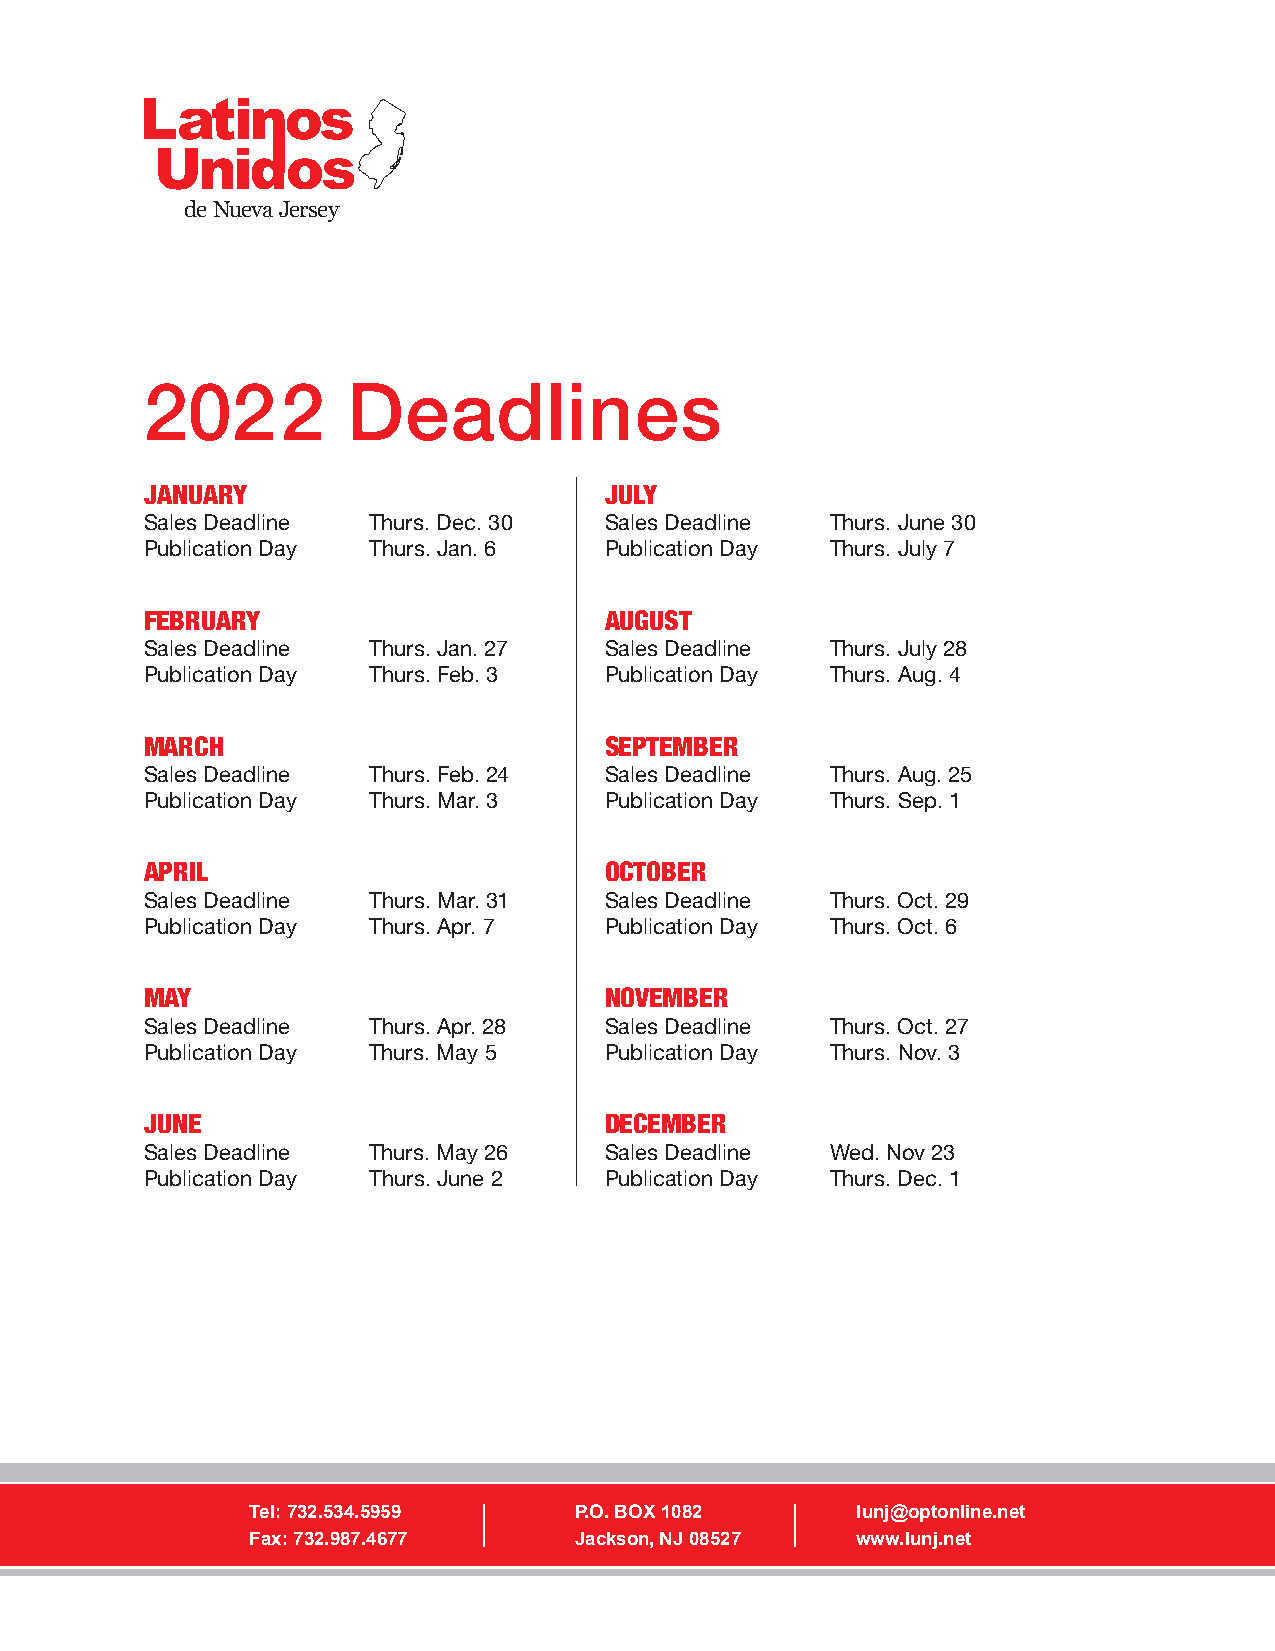
de Nueva Jersey
 2022         Deadlines
 JANUARY                       JULY
 Sales Deadline Thurs. Dec. 30 Sales Deadline Thurs. June 30
 Publication Day Thurs. Jan. 6 Publication Day Thurs. July 7
 FEBRUARY                      AUGUST
 Sales Deadline Thurs. Jan. 27 Sales Deadline Thurs. July 28
 Publication Day Thurs. Feb. 3 Publication Day Thurs. Aug. 4
 MARCH                         SEPTEMBER
 Sales Deadline Thurs. Feb. 24 Sales Deadline Thurs. Aug. 25
 Publication Day Thurs. Mar. 3 Publication Day Thurs. Sep. 1
 APRIL                         OCTOBER
 Sales Deadline Thurs. Mar. 31 Sales Deadline Thurs. Oct. 29
 Publication Day Thurs. Apr. 7 Publication Day Thurs. Oct. 6
 MAY                           NOVEMBER
 Sales Deadline Thurs. Apr. 28 Sales Deadline Thurs. Oct. 27
 Publication Day Thurs. May 5  Publication Day Thurs. Nov. 3
 JUNE                          DECEMBER
 Sales Deadline Thurs. May 26  Sales Deadline Wed. Nov 23
 Publication Day Thurs. June 2 Publication Day Thurs. Dec. 1
 Tel: 732.534.5959    P.O. BOX 1082      lunj@optonline.net
 Fax: 732.987.4677    Jackson, NJ 08527  www.lunj.net